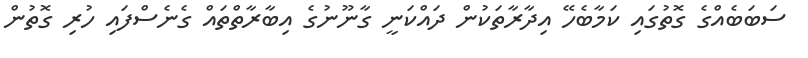
ސަބަބެއްގެ ގޮތުގައި ކަމާބެހޭ އިދާރާތަކުން ދައްކަނީ ގާނޫނުގެ އިބާރާތްތައް ގެނެސްފައި ހުރި ގޮތުން